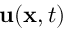
\mathbf { u } ( \mathbf { x } , t )